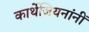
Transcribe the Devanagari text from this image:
कार्थेजियनांनीं